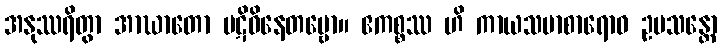
အနုဿရိတွာ အာဃာတော ပဋိဝိနေတဗ္ဗော။ ဧကစ္စဿ ဟိ ကာယသမာစာရောဝ ဥပသန္တော